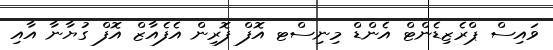
ވައިސް ޕްރެޒިޑެންޓް އެންޑް މިނިސްޓ އޮފް ފޮރިން އެފެއާޒް އޮފް ގުޔާނާ އާއި